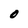
Character: O